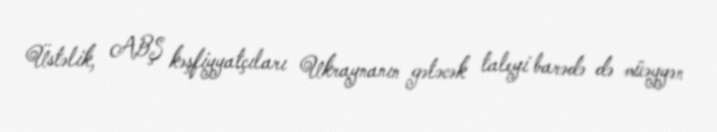
Üstəlik, ABŞ kəşfiyyatçıları Ukraynanın gələcək taleyi barədə də müəyyən